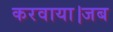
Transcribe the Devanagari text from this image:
करवाया।जब